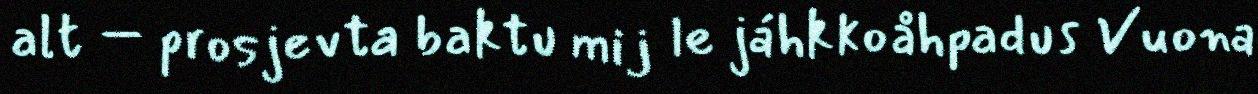
alt – prosjevta baktu mij le jáhkkoåhpadus Vuona